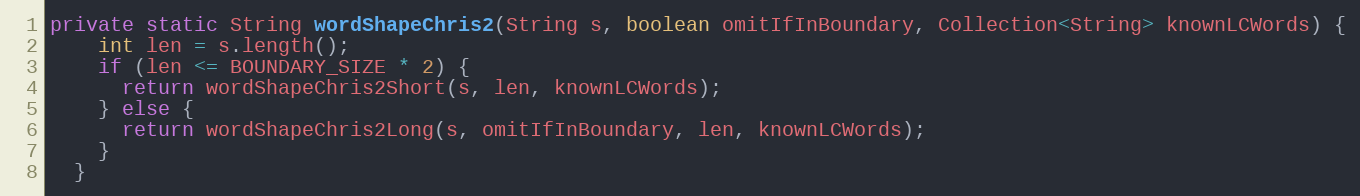
Language: Java
private static String wordShapeChris2(String s, boolean omitIfInBoundary, Collection<String> knownLCWords) {
    int len = s.length();
    if (len <= BOUNDARY_SIZE * 2) {
      return wordShapeChris2Short(s, len, knownLCWords);
    } else {
      return wordShapeChris2Long(s, omitIfInBoundary, len, knownLCWords);
    }
  }